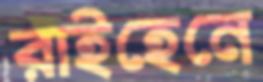
রাইহেনে